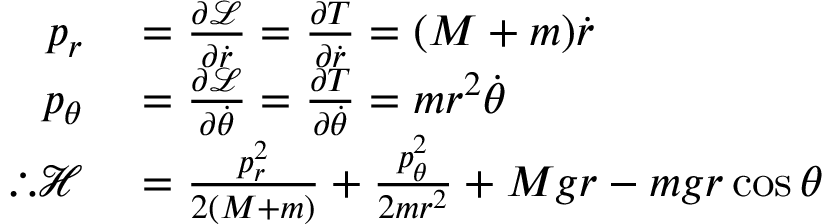
\begin{array} { r l } { p _ { r } } & { { } = { \frac { \partial { \mathcal { L } } } { \partial { \dot { r } } } } = { \frac { \partial T } { \partial { \dot { r } } } } = ( M + m ) { \dot { r } } } \\ { p _ { \theta } } & { { } = { \frac { \partial { \mathcal { L } } } { \partial { \dot { \theta } } } } = { \frac { \partial T } { \partial { \dot { \theta } } } } = m r ^ { 2 } { \dot { \theta } } } \\ { \therefore { \mathcal { H } } } & { { } = { \frac { p _ { r } ^ { 2 } } { 2 ( M + m ) } } + { \frac { p _ { \theta } ^ { 2 } } { 2 m r ^ { 2 } } } + M g r - m g r \cos { \theta } } \end{array}